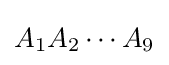
A_{1}A_{2}\dotsm A_{9}